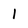
Character: 1